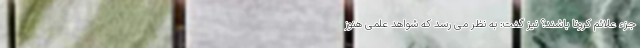
جزء علائم کرونا باشند؟ نیز گفت: به نظر می رسد که شواهد علمی هنوز